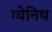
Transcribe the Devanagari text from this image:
ग्वेनिथ